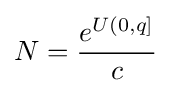
N={\frac {e^{U(0,q]}}{c}}